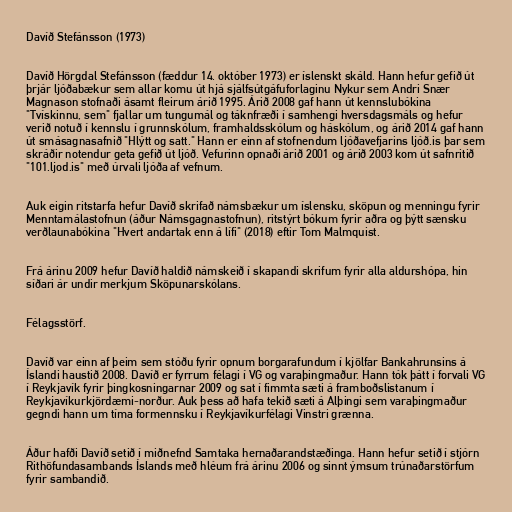
Davíð Stefánsson (1973)

Davíð Hörgdal Stefánsson (fæddur 14. október 1973) er íslenskt skáld. Hann hefur gefið út
þrjár ljóðabækur sem allar komu út hjá sjálfsútgáfuforlaginu Nykur sem Andri Snær
Magnason stofnaði ásamt fleirum árið 1995. Árið 2008 gaf hann út kennslubókina
"Tvískinnu, sem" fjallar um tungumál og táknfræði í samhengi hversdagsmáls og hefur
verið notuð í kennslu í grunnskólum, framhaldsskólum og háskólum, og árið 2014 gaf hann
út smásagnasafnið "Hlýtt og satt." Hann er einn af stofnendum ljóðavefjarins ljóð.is þar sem
skráðir notendur geta gefið út ljóð. Vefurinn opnaði árið 2001 og árið 2003 kom út safnritið
"101.ljod.is" með úrvali ljóða af vefnum.

Auk eigin ritstarfa hefur Davíð skrifað námsbækur um íslensku, sköpun og menningu fyrir
Menntamálastofnun (áður Námsgagnastofnun), ritstýrt bókum fyrir aðra og þýtt sænsku
verðlaunabókina "Hvert andartak enn á lífi" (2018) eftir Tom Malmquist.

Frá árinu 2009 hefur Davíð haldið námskeið í skapandi skrifum fyrir alla aldurshópa, hin
síðari ár undir merkjum Sköpunarskólans.

Félagsstörf.

Davíð var einn af þeim sem stóðu fyrir opnum borgarafundum í kjölfar Bankahrunsins á
Íslandi haustið 2008. Davíð er fyrrum félagi í VG og varaþingmaður. Hann tók þátt í forvali VG
í Reykjavík fyrir þingkosningarnar 2009 og sat í fimmta sæti á framboðslistanum í
Reykjavíkurkjördæmi-norður. Auk þess að hafa tekið sæti á Alþingi sem varaþingmaður
gegndi hann um tíma formennsku í Reykjavíkurfélagi Vinstri grænna.

Áður hafði Davíð setið í miðnefnd Samtaka hernaðarandstæðinga. Hann hefur setið í stjórn
Rithöfundasambands Íslands með hléum frá árinu 2006 og sinnt ýmsum trúnaðarstörfum
fyrir sambandið.